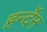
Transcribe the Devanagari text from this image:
हर्न्देन